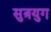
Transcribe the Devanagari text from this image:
सुत्रयुग